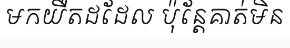
មកយឺតដដែល ប៉ុន្តែគាត់មិន